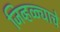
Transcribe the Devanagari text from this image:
जिव्हळ्याचे